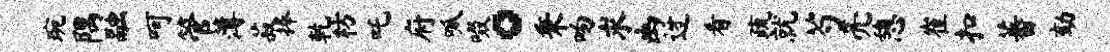
琬隅融呵管薄菽捧乾枋吒府呱啜。秉吻求幽迓看疏就芍亮憩崔扣蕃劾